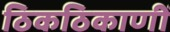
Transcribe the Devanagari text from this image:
ठिकठिकाणीं